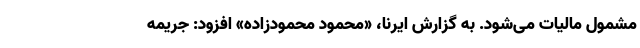
مشمول مالیات می‌شود. به گزارش ایرنا، «محمود محمودزاده» افزود: جریمه